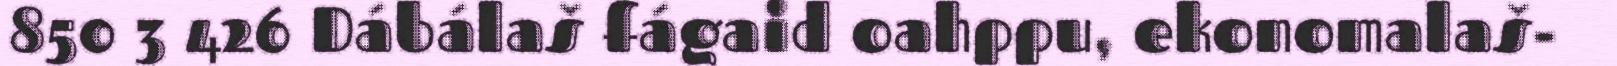
850 3 426 Dábálaš fágaid oahppu, ekonomalaš-